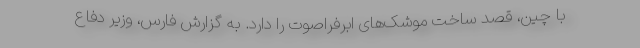
با چین، قصد ساخت موشک‌های ابرفراصوت را دارد. به گزارش فارس، وزیر دفاع